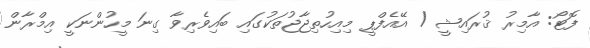
ފޮޓޯ: އާމިރު ޤުރައިޝީ / އޭއެފްޕީ މިއިހުތިޖާޖުތަކުގައި ބައިވެރިވާ ގިނަ މީހުންނަކީ އިމްރާން